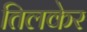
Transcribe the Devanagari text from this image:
तिलकेर